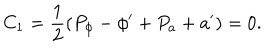
LaTeX: C _ { 1 } = { \frac { 1 } { 2 } } ( P _ { \phi } - \phi ^ { \prime } + { P _ { a } + a ^ { \prime } } ) = 0 .